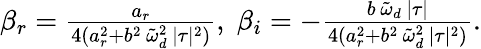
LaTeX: \begin{array}{r}{\beta_{r}=\frac{a_{r}}{4(a_{r}^{2}+b^{2}\, \tilde{\omega}_{d}^{2}\, \lvert\tau\rvert^{2})},\; \beta_{i}=-\frac{b\, \tilde{\omega}_{d}\, \lvert\tau\rvert}{4(a_{r}^{2}+b^{2}\, \tilde{\omega}_{d}^{2}\, \lvert\tau\rvert^{2})}.}\end{array}